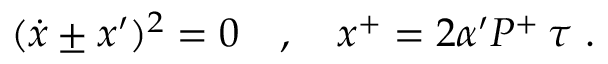
( \dot { x } \pm x ^ { \prime } ) ^ { 2 } = 0 \ \ \ , \ \ \ x ^ { + } = 2 \alpha ^ { \prime } P ^ { + } \, \tau \ .